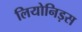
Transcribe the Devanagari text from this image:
लियोनिड़स